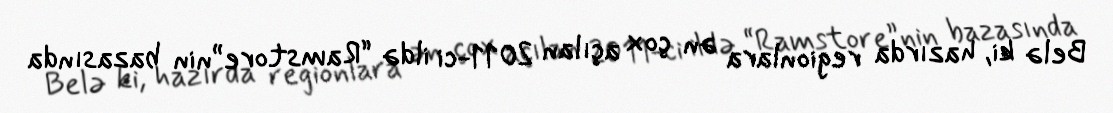
Belə ki, hazırda regionlara ən çox açılan 2011-ci ildə “Ramstore”nin bazasında